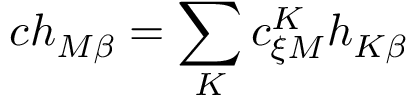
c h _ { M \beta } = \sum _ { K } c _ { \xi M } ^ { K } h _ { K \beta }